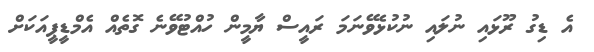
އެ ޑިގު ރޫޅައި ނުލައި ނުކުޅެވޭނަމަ ރައީސް ޔާމީން ހުއްޓުވޭނެ ގޮތެއް އެމްޑީޕީއަކަށް